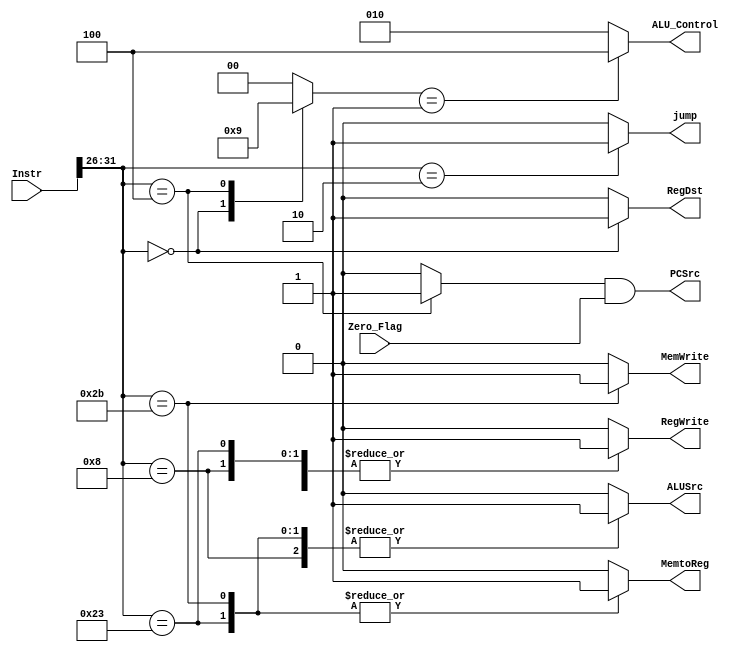
module Control_Unit (
    input           [31:0]      Instr,
    input                       Zero_Flag,
    output wire                 PCSrc,
    output reg                  MemtoReg,
    output reg                  ALUSrc,
    output reg                  RegDst,
    output reg                  RegWrite,
    output reg                  MemWrite,
    output reg                  jump,
    output reg      [2:0]       ALU_Control
);

    reg              Branch;
    reg      [1:0]   ALUOP;
    wire     [5:0]   Funct;
    wire     [5:0]   Opcode;   

    assign  Funct           = Instr[5:0];
    assign  Opcode          = Instr[31:26];
    
    parameter loadWord      = 6'b10_0011;
    parameter storeWord     = 6'b10_1011;
    parameter r_type        = 6'b00_0000;
    parameter addImmediate  = 6'b00_1000;
    parameter branchIfEqual = 6'b00_0100;
    parameter jump_inst     = 6'b00_0010;

    parameter add = 6'b10_0000 ;
    parameter sub = 6'b10_0010 ;
    parameter slt = 6'b10_1010 ;
    parameter mul = 6'b01_1100 ;
/******************Main Decoder******************/
    always @(*) begin
        case (Opcode)
            loadWord: begin
                jump        = 0;
                ALUOP       = 2'b00; 
                MemWrite    = 0;
                RegWrite    = 1;
                RegDst      = 0;
                ALUSrc      = 1;
                MemtoReg    = 1;
                Branch      = 0;
            end
            storeWord: begin
                jump        = 0;
                ALUOP       = 2'b00; 
                MemWrite    = 1;
                RegWrite    = 0;
                RegDst      = 0;
                ALUSrc      = 1;
                MemtoReg    = 1;
                Branch      = 0;
            end 
            r_type: begin
                jump        = 0;
                ALUOP       = 2'b10; 
                MemWrite    = 0;
                RegWrite    = 1;
                RegDst      = 1;
                ALUSrc      = 0;
                MemtoReg    = 0;
                Branch      = 0;
            end
            addImmediate:   begin
                jump        = 0;
                ALUOP       = 2'b00; 
                MemWrite    = 0;
                RegWrite    = 1;
                RegDst      = 0;
                ALUSrc      = 1;
                MemtoReg    = 0;
                Branch      = 0;
            end
            branchIfEqual:  begin
                jump        = 0;
                ALUOP       = 2'b01; 
                MemWrite    = 0;
                RegWrite    = 0;
                RegDst      = 0;
                ALUSrc      = 0;
                MemtoReg    = 0;
                Branch      = 1;
            end
            jump_inst:  begin
                jump        = 1;
                ALUOP       = 2'b00; 
                MemWrite    = 0;
                RegWrite    = 0;
                RegDst      = 0;
                ALUSrc      = 0;
                MemtoReg    = 0;
                Branch      = 0;
            end
            default:    begin
                jump        = 0;
                ALUOP       = 2'b00; 
                MemWrite    = 0;
                RegWrite    = 0;
                RegDst      = 0;
                ALUSrc      = 0;
                MemtoReg    = 0;
                Branch      = 0;
            end
             
        endcase
        
    end

    assign PCSrc = Branch & Zero_Flag;
/******************ALU Decoder******************/
    always @(*) begin
        case (ALUOP)
            00: begin
                ALU_Control = 3'b010; 
            end
            01: begin
                ALU_Control = 3'b100; 
            end
            10: begin
                case (Funct)
                    add: begin
                        ALU_Control =3'b010;
                    end 
                    sub: begin
                        ALU_Control =3'b100;
                    end
                    slt: begin
                        ALU_Control =3'b110;
                    end
                    mul: begin
                        ALU_Control =3'b101;
                    end
                    default: begin
                        ALU_Control =3'b010;
                    end
                endcase      
            end    
            default: begin
                ALU_Control =3'b010;
            end
        endcase
    end

endmodule